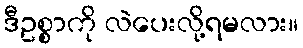
ဒီဥစ္စာကို လဲပေးလို့ရမလား။